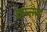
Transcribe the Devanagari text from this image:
वल्ल्भ